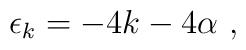
\epsilon_k= -4k - 4\alpha \ ,